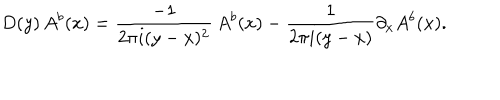
D ( y ) \, A ^ { b } ( x ) = { \frac { - 1 } { 2 \pi i ( y - x ) ^ { 2 } } } \, A ^ { b } ( x ) - { \frac { 1 } { 2 \pi i ( y - x ) } } \partial _ { x } A ^ { b } ( x ) .